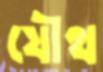
যৌথ